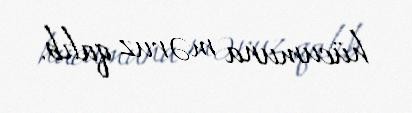
hücumuna məruz qalıb.